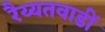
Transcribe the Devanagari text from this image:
रैय्यतवाडीं